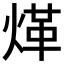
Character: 煂